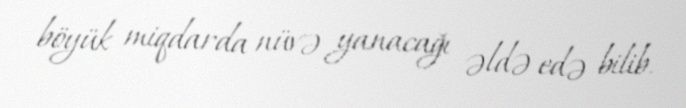
böyük miqdarda nüvə yanacağı əldə edə bilib.